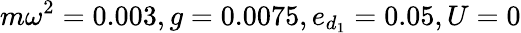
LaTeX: m\omega^{2}=0.003,g=0.0075,e_{d_{1}}=0.05,U=0